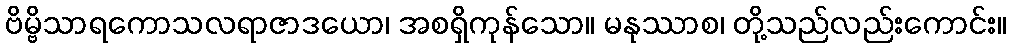
ဗိမ္ဗိသာရကောသလရာဇာဒယော၊ အစရှိကုန်သော။ မနုဿာစ၊ တို့သည်လည်းကောင်း။